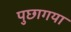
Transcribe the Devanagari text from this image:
पुछागया